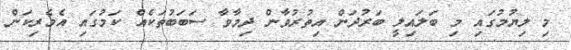
މި ލިޔުމުގައި މި ބަލައިލީ ބަރުދަން އިތުރުވާން ދިމާވާ ސަބަބުތަކެއް ކަމުގައި އެމެރިކަން